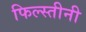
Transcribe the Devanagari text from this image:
फिल्स्तीनी